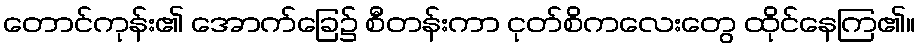
တောင်ကုန်း၏ အောက်ခြေ၌ စီတန်းကာ ငုတ်စိကလေးတွေ ထိုင်နေကြ၏။